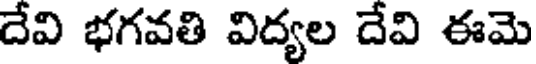
దేవి భగవతి విద్యల దేవి ఈమె